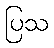
ပြသ